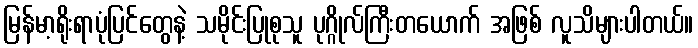
မြန်မာ့ရိုးရာပုံပြင်တွေနဲ့ သမိုင်းပြုစုသူ ပုဂ္ဂိုလ်ကြီးတယောက် အဖြစ် လူသိများပါတယ်။